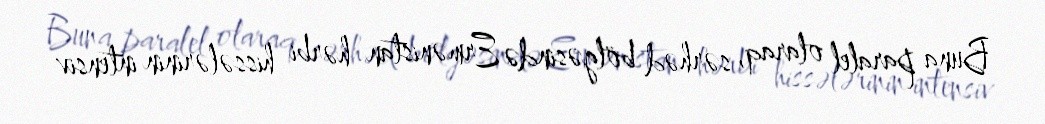
Buna paralel olaraq, sərhəd bölgəsində Ermənistan hərbi hissələrinin intensiv